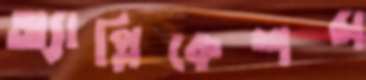
অ্যাপ্লিকেশন্স